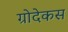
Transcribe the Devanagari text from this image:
ग्रोदेकस